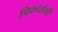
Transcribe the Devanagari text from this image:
पिक्चर्सशी